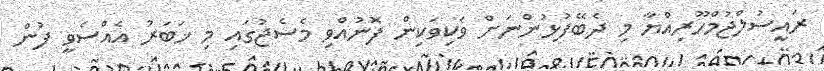
ރައީސުލްޖުމްހޫރިއްޔާ މި ދެބޭފުޅުންނަށް ވަކިވަކިން ފޮނުއްވި މެސެޖުގައި މި ޚަބަރު އެއްސެވީ ފުން